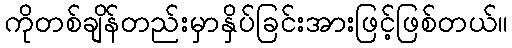
ကိုတစ်ချိန်တည်းမှာနှိပ်ခြင်းအားဖြင့်ဖြစ်တယ်။